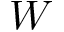
\boldsymbol { W }